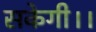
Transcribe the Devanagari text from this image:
सकेगी।।